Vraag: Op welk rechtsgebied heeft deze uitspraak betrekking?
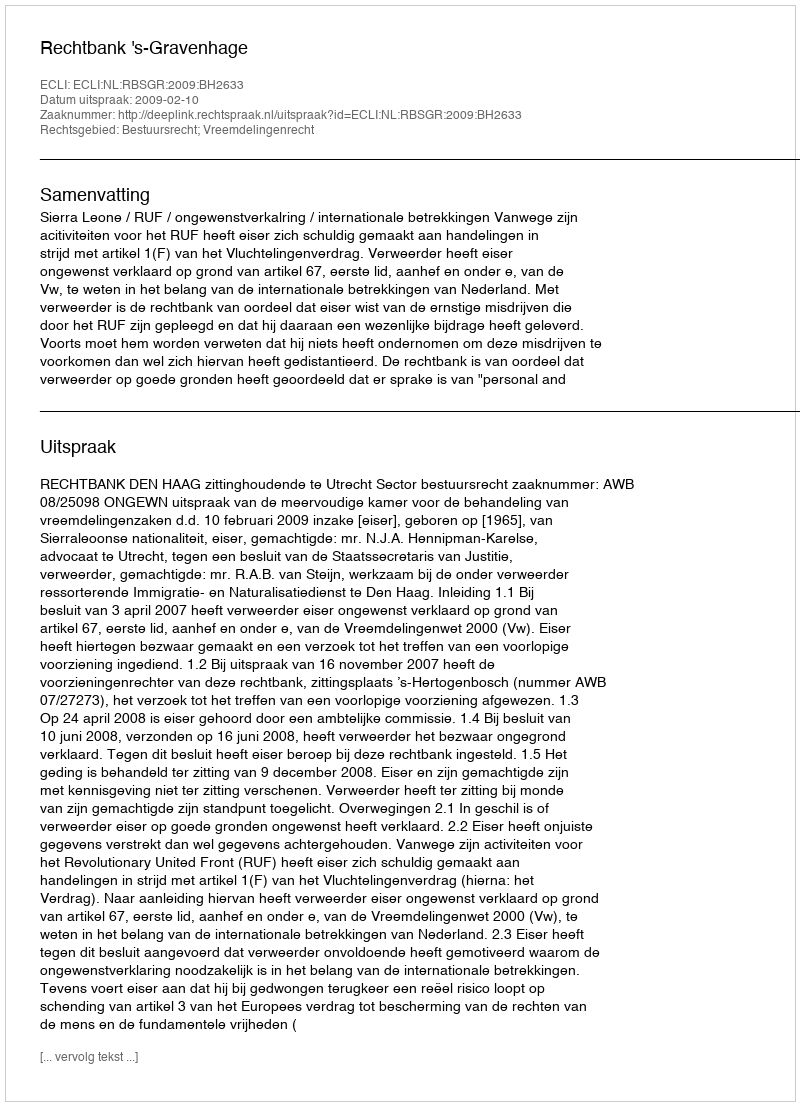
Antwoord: Bestuursrecht; Vreemdelingenrecht